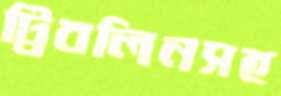
ট্রিবলিনসহ